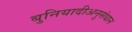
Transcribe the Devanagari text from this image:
बुनियादीअनुसंधान